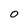
Character: O